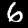
Digit: 6